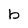
Character: b